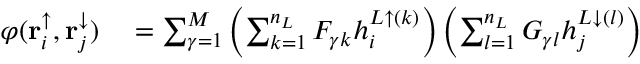
\begin{array} { r l } { \varphi ( \mathbf { r } _ { i } ^ { \uparrow } , \mathbf { r } _ { j } ^ { \downarrow } ) } & { { } = \sum _ { \gamma = 1 } ^ { M } \left( \sum _ { k = 1 } ^ { n _ { L } } F _ { \gamma k } h _ { i } ^ { L \uparrow ( k ) } \right) \left( \sum _ { l = 1 } ^ { n _ { L } } G _ { \gamma l } h _ { j } ^ { L \downarrow ( l ) } \right) } \end{array}